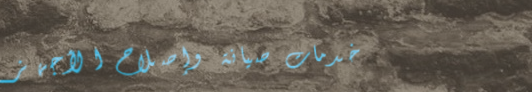
خدمات صيانة وإصلاح الأجهز